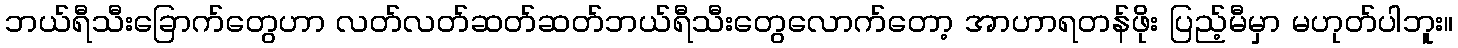
ဘယ်ရီသီးခြောက်တွေဟာ လတ်လတ်ဆတ်ဆတ်ဘယ်ရီသီးတွေလောက်တော့ အာဟာရတန်ဖိုး ပြည့်မီမှာ မဟုတ်ပါဘူး။